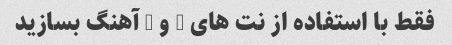
فقط با استفاده از نت های A و G آهنگ بسازید